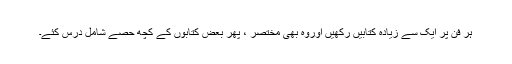
ہر فن پر ایک سے زیادہ کتابیں رکھیں اوروہ بھی مختصر ، پھر بعض کتابوں کے کچھ حصے شامل درس کئے۔